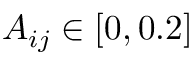
A _ { i j } \in [ 0 , 0 . 2 ]